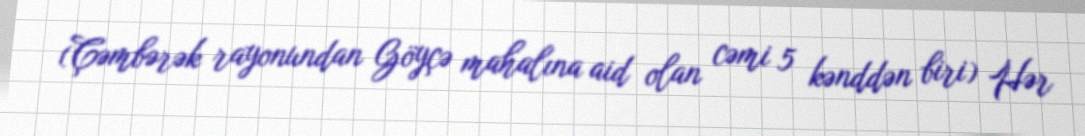
(Çəmbərək rayonundan Göyçə mahalına aid olan cəmi 5 kənddən biri) Hər